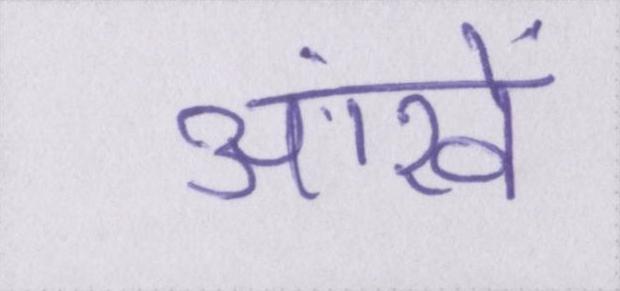
आंखें